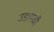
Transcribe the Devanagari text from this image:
उडायची